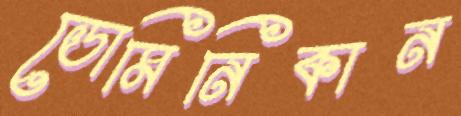
ডোমিনিকান